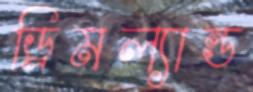
ড্রিমল্যান্ড